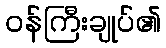
ဝန်ကြီးချုပ်၏